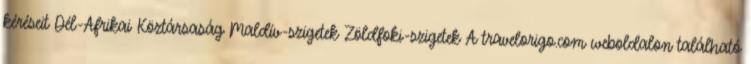
kéréseit Dél-Afrikai Köztársaság Maldív-szigetek Zöldfoki-szigetek A travelorigo.com weboldalon található